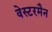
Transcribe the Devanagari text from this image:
वेस्टरमैन